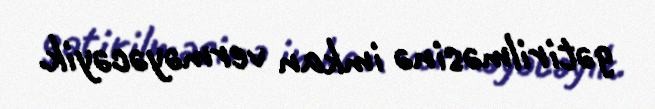
gətirilməsinə imkan verməyəcəyik.